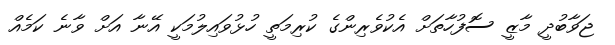
ޖަވާބުދީ މާޒީ ސޮފުހާތަށް އެކުވެރިންގެ ކުރިމަތީ ހުޅުވައިލުމަކީ އޭނާ އަށް ވާނެ ކަމެއް